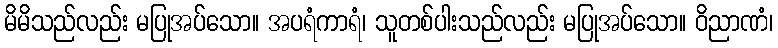
မိမိသည်လည်း မပြုအပ်သော။ အပရံကာရံ၊ သူတစ်ပါးသည်လည်း မပြုအပ်သော။ ဝိညာဏံ၊